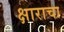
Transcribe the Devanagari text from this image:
क्षाराचा